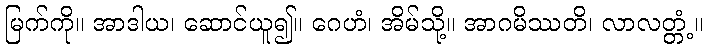
မြက်ကို။ အာဒါယ၊ ဆောင်ယူ၍။ ဂေဟံ၊ အိမ်သို့။ အာဂမိဿတိ၊ လာလတ္တံ့။